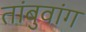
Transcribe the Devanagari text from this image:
तांबुवांग